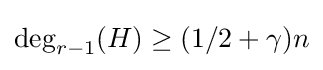
\deg _{r-1}(H)\geq (1/2+\gamma )n